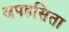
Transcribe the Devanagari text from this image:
अपहसिता